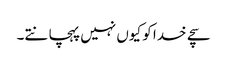
سچے خدا کو کیوں نہیں پہچانتے۔